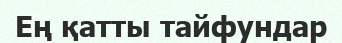
Ең қатты тайфундар